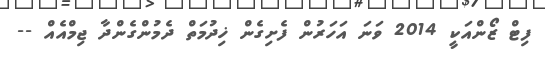
ފިޓް ޒޯންއަކީ 2014 ވަނަ އަހަރުން ފެށިގެން ޚިދުމަތް ދެމުންގެންދާ ޖިމްއެއް --